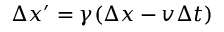
\Delta x ^ { \prime } = \gamma ( \Delta x - v \Delta t )